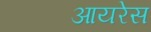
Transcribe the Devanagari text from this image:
आयरेस